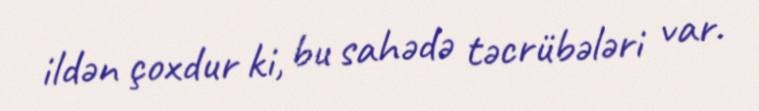
ildən çoxdur ki, bu sahədə təcrübələri var.